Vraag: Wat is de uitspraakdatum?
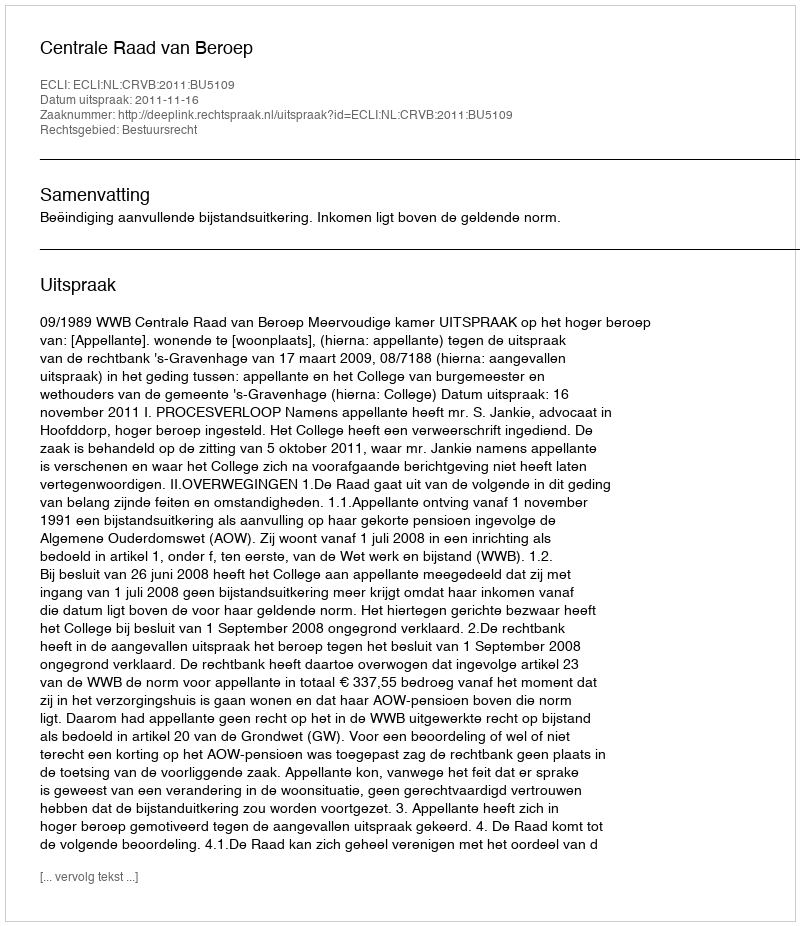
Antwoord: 2011-11-16